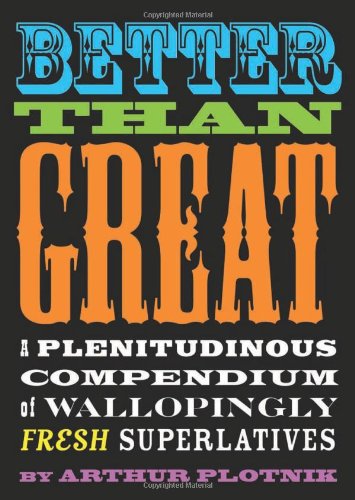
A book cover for Better Than Great: A Plenitudinous Compendium of Wallopingly Fresh Superlatives; Arthur Plotnik; Reference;